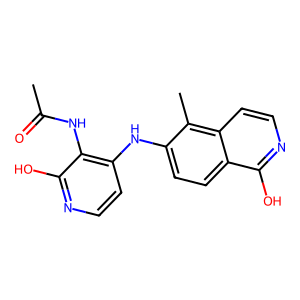
SMILES: CC(=O)Nc1c(Nc2ccc3c(O)nccc3c2C)ccnc1O
Inhibits HIV replication: No